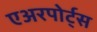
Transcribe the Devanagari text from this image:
एअरपोर्ट्‌स